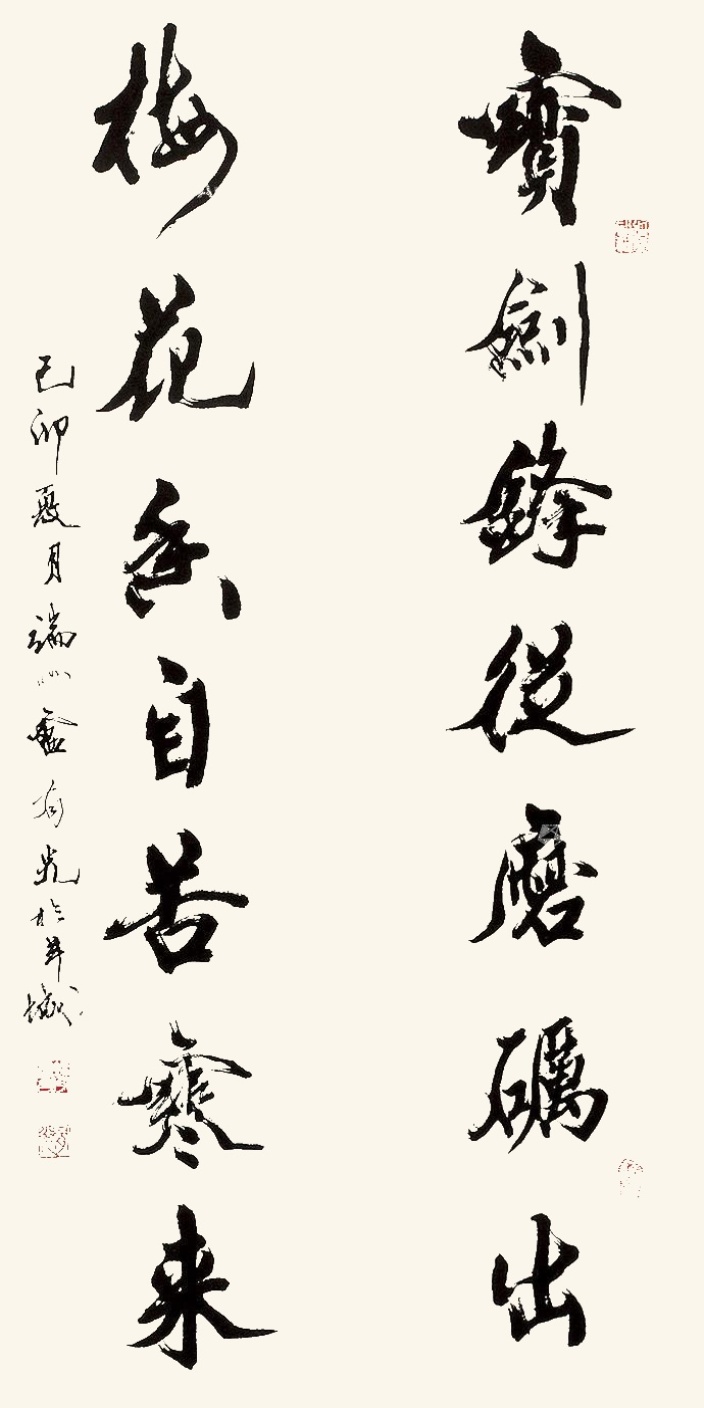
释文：宝剑锋从磨砺出，梅花香自苦寒来。己卯夏月端州卢有光于羊城。